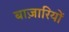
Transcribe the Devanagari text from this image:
बाज़ारियों